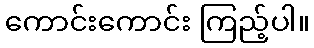
ကောင်းကောင်း ကြည့်ပါ။